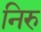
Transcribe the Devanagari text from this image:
निरु